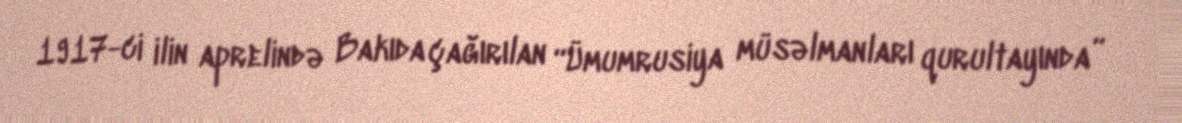
1917-ci ilin aprelində Bakıda çağırılan “Ümumrusiya müsəlmanları qurultayında”